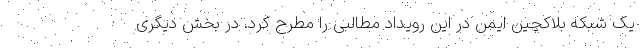
یک شبکه بلاکچین ایمن در این رویداد مطالبی را مطرح کرد. در بخش دیگری